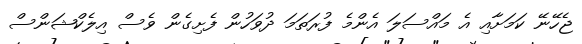
ޖެހޭނޭ ކަމަށާއި އެ މައްސަލަ އެންމެ ފުރަތަމަ ދުވަހުން ފެށިގެން ވެސް އިލެކްޝަންސް